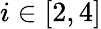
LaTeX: i\in[2,4]